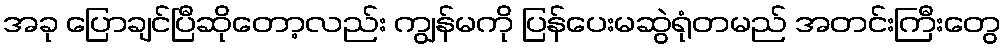
အခု ပြောချင်ပြီဆိုတော့လည်း ကျွန်မကို ပြန်ပေးမဆွဲရုံတမည် အတင်းကြီးတွေ